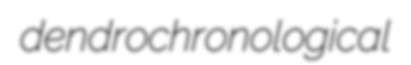
dendrochronological